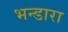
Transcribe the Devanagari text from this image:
भन्डारा